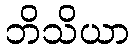
ဘိသိယာ